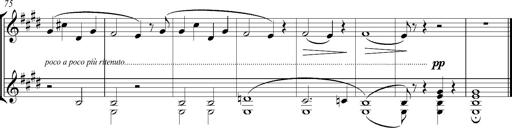
Title: Consolations
Composer: Franz Liszt